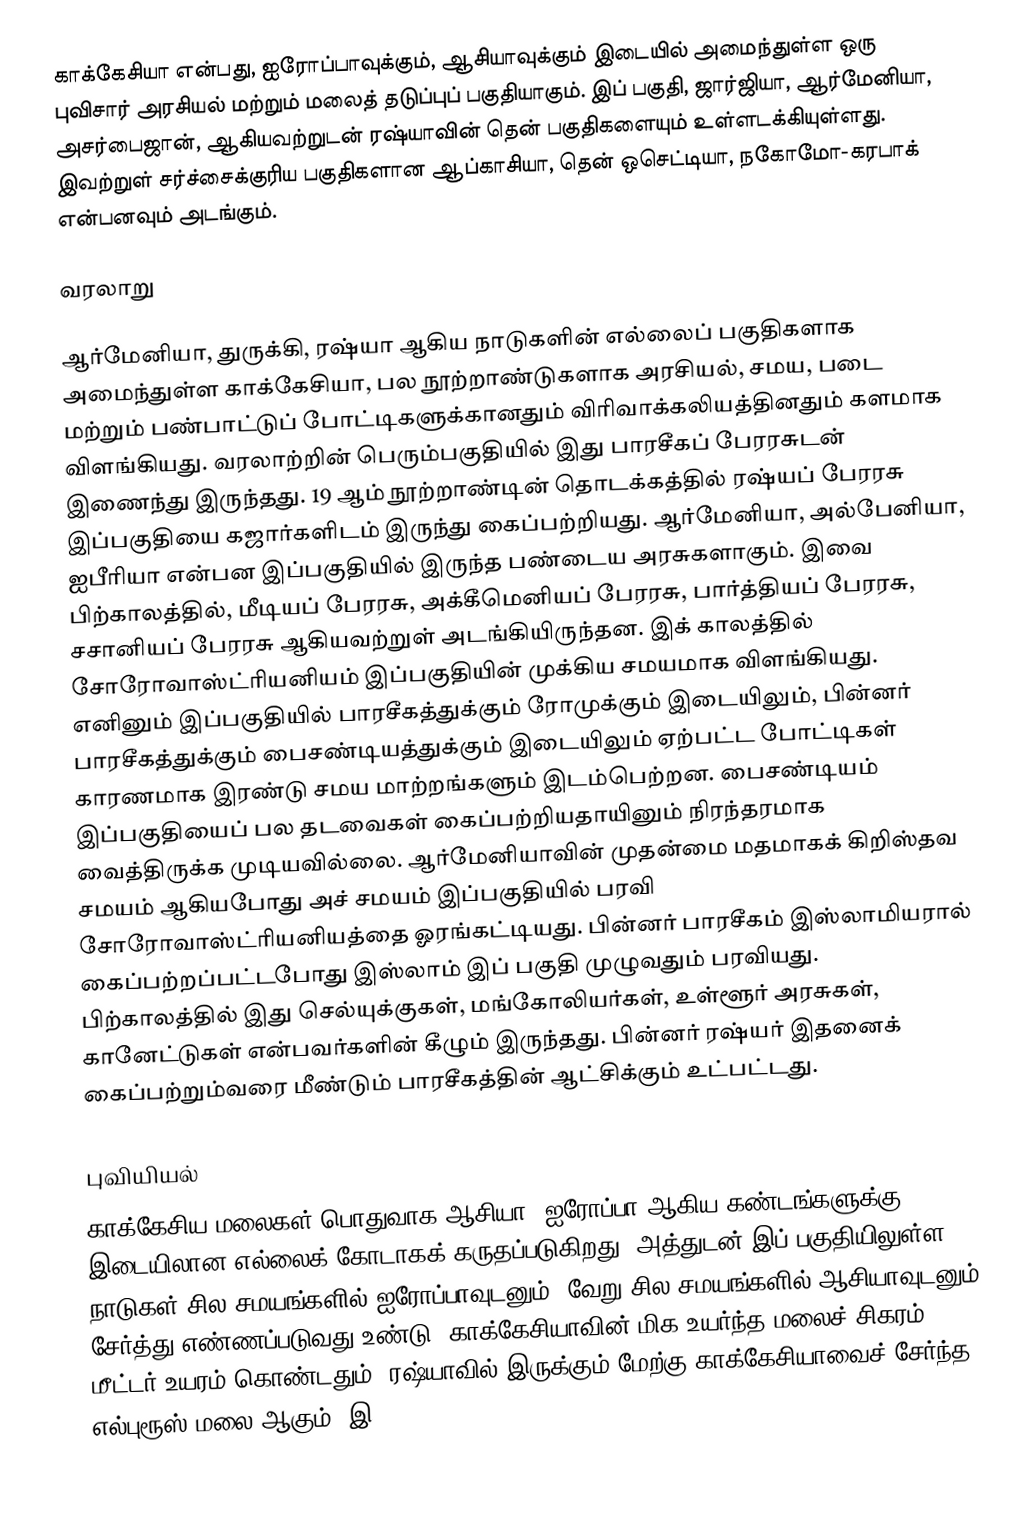
காக்கேசியா என்பது, ஐரோப்பாவுக்கும், ஆசியாவுக்கும் இடையில் அமைந்துள்ள ஒரு புவிசார் அரசியல் மற்றும் மலைத் தடுப்புப் பகுதியாகும். இப் பகுதி, ஜார்ஜியா, ஆர்மேனியா, அசர்பைஜான், ஆகியவற்றுடன் ரஷ்யாவின் தென் பகுதிகளையும் உள்ளடக்கியுள்ளது. இவற்றுள் சர்ச்சைக்குரிய பகுதிகளான ஆப்காசியா, தென் ஒசெட்டியா, நகோமோ-கரபாக் என்பனவும் அடங்கும்.

வரலாறு

ஆர்மேனியா, துருக்கி, ரஷ்யா ஆகிய நாடுகளின் எல்லைப் பகுதிகளாக அமைந்துள்ள காக்கேசியா, பல நூற்றாண்டுகளாக அரசியல், சமய, படை மற்றும் பண்பாட்டுப் போட்டிகளுக்கானதும் விரிவாக்கலியத்தினதும் களமாக விளங்கியது. வரலாற்றின் பெரும்பகுதியில் இது பாரசீகப் பேரரசுடன் இணைந்து இருந்தது. 19 ஆம் நூற்றாண்டின் தொடக்கத்தில் ரஷ்யப் பேரரசு இப்பகுதியை கஜார்களிடம் இருந்து கைப்பற்றியது. ஆர்மேனியா, அல்பேனியா, ஐபீரியா என்பன இப்பகுதியில் இருந்த பண்டைய அரசுகளாகும். இவை பிற்காலத்தில், மீடியப் பேரரசு, அக்கீமெனியப் பேரரசு, பார்த்தியப் பேரரசு, சசானியப் பேரரசு ஆகியவற்றுள் அடங்கியிருந்தன. இக் காலத்தில் சோரோவாஸ்ட்ரியனியம் இப்பகுதியின் முக்கிய சமயமாக விளங்கியது. எனினும் இப்பகுதியில் பாரசீகத்துக்கும் ரோமுக்கும் இடையிலும், பின்னர் பாரசீகத்துக்கும் பைசண்டியத்துக்கும் இடையிலும் ஏற்பட்ட போட்டிகள் காரணமாக இரண்டு சமய மாற்றங்களும் இடம்பெற்றன. பைசண்டியம் இப்பகுதியைப் பல தடவைகள் கைப்பற்றியதாயினும் நிரந்தரமாக வைத்திருக்க முடியவில்லை. ஆர்மேனியாவின் முதன்மை மதமாகக் கிறிஸ்தவ சமயம் ஆகியபோது அச் சமயம் இப்பகுதியில் பரவி சோரோவாஸ்ட்ரியனியத்தை ஓரங்கட்டியது. பின்னர் பாரசீகம் இஸ்லாமியரால் கைப்பற்றப்பட்டபோது இஸ்லாம் இப் பகுதி முழுவதும் பரவியது. பிற்காலத்தில் இது செல்யுக்குகள், மங்கோலியர்கள், உள்ளூர் அரசுகள், கானேட்டுகள் என்பவர்களின் கீழும் இருந்தது. பின்னர் ரஷ்யர் இதனைக் கைப்பற்றும்வரை மீண்டும் பாரசீகத்தின் ஆட்சிக்கும் உட்பட்டது.

புவியியல்
காக்கேசிய மலைகள் பொதுவாக ஆசியா, ஐரோப்பா ஆகிய கண்டங்களுக்கு இடையிலான எல்லைக் கோடாகக் கருதப்படுகிறது. அத்துடன் இப் பகுதியிலுள்ள நாடுகள் சில சமயங்களில் ஐரோப்பாவுடனும், வேறு சில சமயங்களில் ஆசியாவுடனும் சேர்த்து எண்ணப்படுவது உண்டு. காக்கேசியாவின் மிக உயர்ந்த மலைச் சிகரம், 5642 மீட்டர் உயரம் கொண்டதும், ரஷ்யாவில் இருக்கும் மேற்கு காக்கேசியாவைச் சேர்ந்த எல்புரூஸ் மலை ஆகும். இ